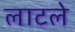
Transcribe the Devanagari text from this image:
लाटले